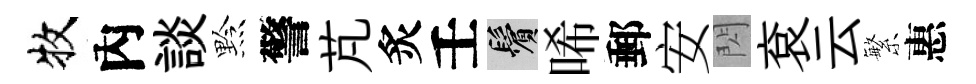
牧內談黔警芃炙壬鬢唏郵安閃袞云繁惠